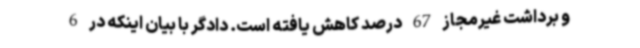
و برداشت غیرمجاز 67 درصد کاهش یافته است. دادگر با بیان اینکه در 6